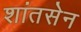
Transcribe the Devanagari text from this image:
शांतसेन